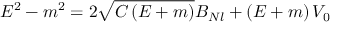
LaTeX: E ^ { 2 } - m ^ { 2 } = 2 \sqrt { C \left( E + m \right) } B _ { N l } + \left( E + m \right) V _ { 0 }